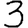
Digit: 3